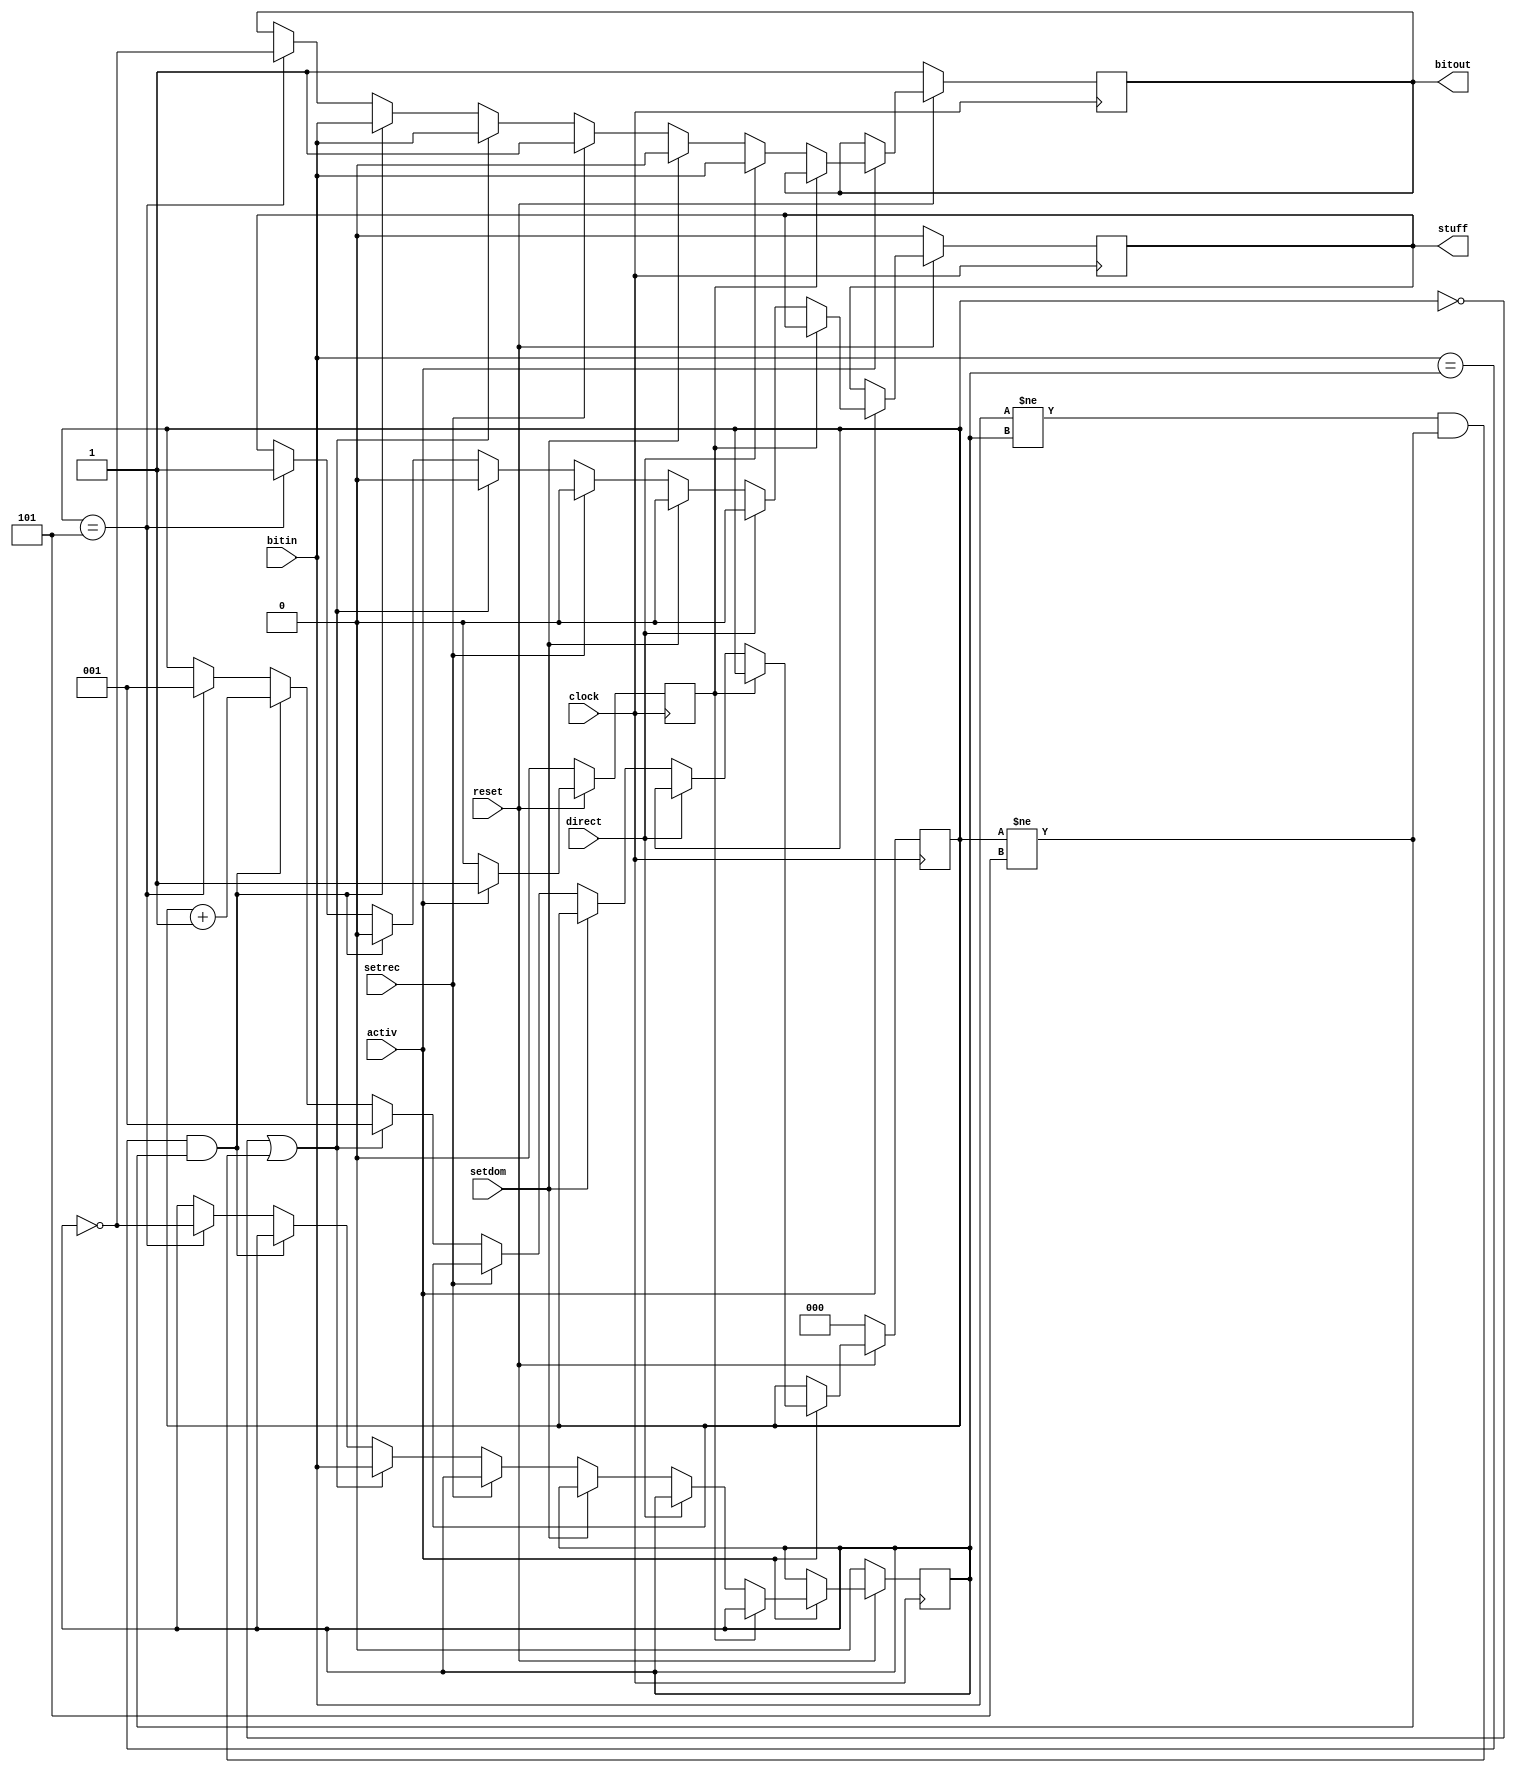
////////////////////////////////////////////////////////////////////////////////////////////////////
//
// Interessengruppe fuer Mikroelektronik und Eingebettete Systeme (IMES)
// Fachhochschule Dortmund
//
// Tool         : Mentor Graphics HDL Designer(TM) 2015.1b (Build 4)
// Description  : Stuffing Unit
// Commentary   : Sendestuffing
//                reset: 
//                mac.vhdl: resetstfsig <= reset(extern) or resettra (llc) or resetstf;
//                (MACFSM)--> auf neg. clock flanke
//                direct: Stuffing abschalten (Error Flag etc.)
//                setdom, setrec: dominantes, rezessives Bit unabhngig von bitin 
//                *bitin: mal aus tshift (wenn crc_shft_out(MACFSM)0), oder aus rcrc-register
//                (wenn crc_shft_out 1), neu: tcrc wird sendeschieberegister.
//
// Changelog:
// -------------------------------------------------------------------------------------------------
// Version | Author             | Date       | Changes
// -------------------------------------------------------------------------------------------------
// 0.9     | Leduc              | 08.07.2019 | created
// -------------------------------------------------------------------------------------------------
//
////////////////////////////////////////////////////////////////////////////////////////////////////

//`resetall
//`timescale 1ns/10ps
//`default_nettype none

module stuffing2(
  input  wire clock,
  input  wire bitin,         // Commentary(*)
  input  wire activ,         // MACFSM: actvtstf
  input  wire reset,         // resetstfsig, s.o
  input  wire direct,        // MACFSM: actvtdct
  input  wire setdom,        // MACFSM: setbdom
  input  wire setrec,        // MACFSM: setbrec
  output wire  bitout,        // bitout, aussen
  output wire  stuff          // MACFSM, stufft
);

//tmrg default triplicate
//tmrg tmr_error false

reg [2:0] count;  // Zhler
reg       Buf;    // aktuelles Bit
reg       edged;  // Flankenmerker
reg       bitout_i;
reg       stuff_i;
//triplication signals
wire edgedVoted = edged;
wire bitout_iVoted = bitout_i;
wire stuff_iVoted = stuff_i;
assign bitout = bitout_iVoted;
assign stuff = stuff_iVoted;

always@(posedge clock)  // DW 2005_06_30 clock Flanke von negativ auf positiv geaendert.
begin
  if (reset == 1'b0) begin               
    count   = 3'd0;
    Buf     = 1'b0;
    bitout_i <= 1'b1;
    stuff_i  <= 1'b0;
    edged   = 1'b0;
    end
  else begin
    edged = edgedVoted;
    stuff_i <= stuff_iVoted;
    bitout_i <= bitout_iVoted;
    if (activ == 1'b1) begin
      if (edgedVoted == 1'b0) begin                  // war schon ?
        edged = 1'b1;                            // es war eine pos. active flanke
        if (direct == 1'b1) begin               // nicht zhlen
          bitout_i <= bitin;
          stuff_i  <= 1'b0;                       // kein stuffing
          end              
        else if (setdom == 1'b1) begin          // Dominantes Bit senden
            bitout_i <= 1'b0;
            stuff_i  <= 1'b0;                     // kein error
            end          
        else if (setrec == 1'b1) begin          // rezessives Bit senden
            bitout_i <= 1'b1;
            stuff_i  <= 1'b0;                     // kein stuffing
            end
        else if ((count == 3'd0) || ((bitin != Buf) && (count != 5))) begin
          Buf     = bitin;                      // erstes Bit merken, count=0
          count   = 3'd1;                       // erstes Bit, deshalb 1
          bitout_i <= bitin;                      // durchschalten
          stuff_i  <= 1'b0;                       // kein stuffing
          end
        else if (bitin == Buf && count != 5) begin
          count  = count +3'd1;                 // gleiches Bit, count hoch
          bitout_i <= bitin;                      // durchschalten
          stuff_i  <= 1'b0;                       // kein stuffing
          end
        else if (count == 3'd5) begin           // stufffall
          count  = 3'd1;                        // zhler auf 1, stuffbit ist 1.
          Buf    = ~Buf;                        // jetzt umgekehrte zhlen
          bitout_i <= Buf;                        // stuffbit senden
          stuff_i  <= 1'b1;                       // Stufffall anzeigen
          end
        end      
      else
        edged = 1'b1;                           // noch keine neg. flanke gewesen
      end
     else
       edged = 1'b0;                            // das war die neg. flanke
    end 
end 

endmodule